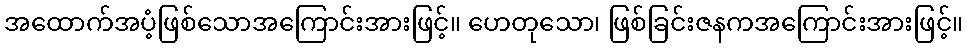
အထောက်အပံ့ဖြစ်သောအကြောင်းအားဖြင့်။ ဟေတုသော၊ ဖြစ်ခြင်းဇနကအကြောင်းအားဖြင့်။